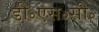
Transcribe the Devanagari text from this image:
डी॰एस॰सी॰